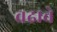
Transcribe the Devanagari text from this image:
वढ्राचे